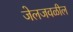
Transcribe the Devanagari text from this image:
जेलजवळील